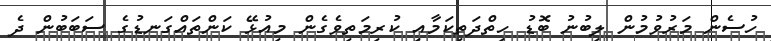
ހުސެން މަރުވުމުން ލިބުނު ބޮޑު ހިތްދަތިކަމާއި ކުރިމަތިވެގެން މިއުޅޭ ކަންތައްގަނޑުގެ ސަބަބުން ދެ